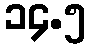
၁၄.၅